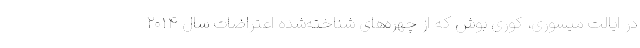
در ایالت میسوری، کوری بوش که از چهره‌های شناخته‌شده اعتراضات سال ۲۰۱۴